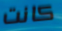
كانت